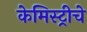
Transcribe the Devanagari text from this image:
केमिस्ट्रीचे